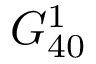
G _ { 4 0 } ^ { 1 }